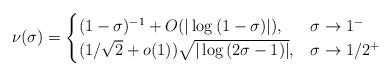
LaTeX: \begin{align*}\nu(\sigma) = \begin{cases} (1-\sigma)^{-1} + O(|\log{(1-\sigma)}|), & \sigma \to 1^{-} \\ (1/\sqrt{2} + o(1))\sqrt{|\log{(2\sigma-1)}|}, & \sigma \to 1/2^{+} \end{cases}\end{align*}